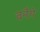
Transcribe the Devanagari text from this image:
बनैगे